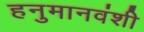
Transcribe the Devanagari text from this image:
हनुमानवंशी